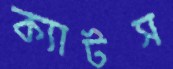
ক্যাটস